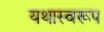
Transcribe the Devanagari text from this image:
यथास्वरूप